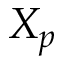
X _ { p }